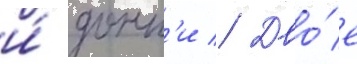
и́ донн'и // Дво́е